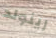
رينولد